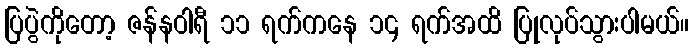
ပြပွဲကိုတော့ ဇန်နဝါရီ ၁၁ ရက်ကနေ ၁၄ ရက်အထိ ပြုလုပ်သွားပါမယ်။